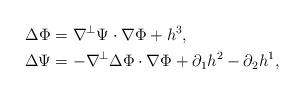
LaTeX: \begin{align*}\Delta \Phi &= \nabla ^{ \bot} \Psi \cdot \nabla \Phi+ h^3, \\\Delta \Psi &= - \nabla^{ \bot} \Delta \Phi\cdot \nabla \Phi + \partial _1 h^2 -\partial _2 h^1,\end{align*}